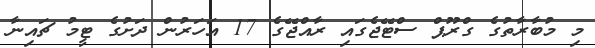
މި މުބާރާތުގެ ގްރޫޕް ސްޓޭޖެގައި ރާއްޖޭގެ 17 އަހަރުން ދަށުގެ ޓީމު ޗައިނާ